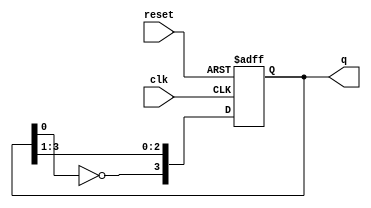
module johnson_counter (
    input wire clk,        // Clock input
    input wire reset,      // Asynchronous reset
    output reg [3:0] q     // Output state of the counter (4 flip-flops)
);

    always @(posedge clk or posedge reset) begin
        if (reset) begin
            q <= 4'b0000; // Reset to known state (0000)
        end else begin
            // Johnson counter logic
            q[3] <= ~q[0]; // Inverted output of the last flip-flop fed to the first
            q[2] <= q[3];  // Shift the output of flip-flops
            q[1] <= q[2];
            q[0] <= q[1];
        end
    end

endmodule